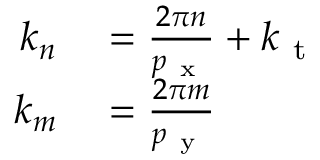
\begin{array} { r l } { k _ { n } } & { { } = \frac { 2 \pi n } { p _ { \mathrm { ~ x ~ } } } + k _ { \mathrm { ~ t ~ } } } \\ { k _ { m } } & { { } = \frac { 2 \pi m } { p _ { \mathrm { ~ y ~ } } } \, } \end{array}